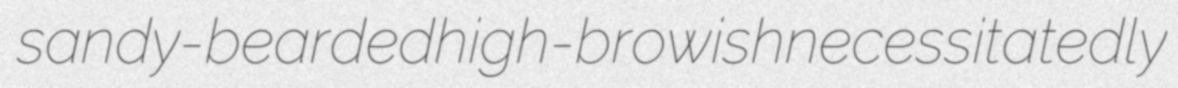
sandy-bearded high-browish necessitatedly